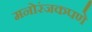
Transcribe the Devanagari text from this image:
मनोरंजकपणे